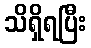
သိရှိရပြီး